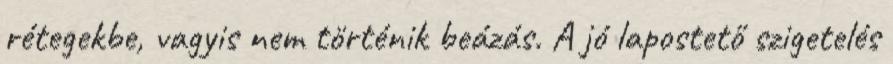
rétegekbe, vagyis nem történik beázás. A jó lapostető szigetelés